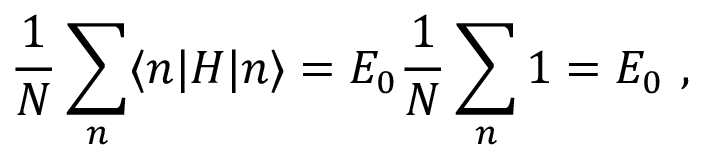
{ \frac { 1 } { N } } \sum _ { n } \langle n | H | n \rangle = E _ { 0 } { \frac { 1 } { N } } \sum _ { n } 1 = E _ { 0 } \ ,